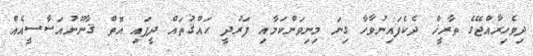
ދިވެހިރާއްޖޭގެ ތާރީޚް ދެކެފައިނުވާހާ ގިނަ މިނިވަންކަމާއި ފަރުދީ ޙައްޤުތައް ދީފައި އޮތް ޤާނޫނުއަސާސީއެއް